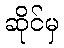
ဆိုင်မှ